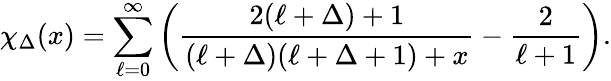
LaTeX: \chi_{\Delta}(x)=\sum_{\ell=0}^{\infty}\left(\frac{2(\ell+\Delta)+1}{(\ell+\Delta)(\ell+\Delta+1)+x}-\frac{2}{\ell+1}\right).